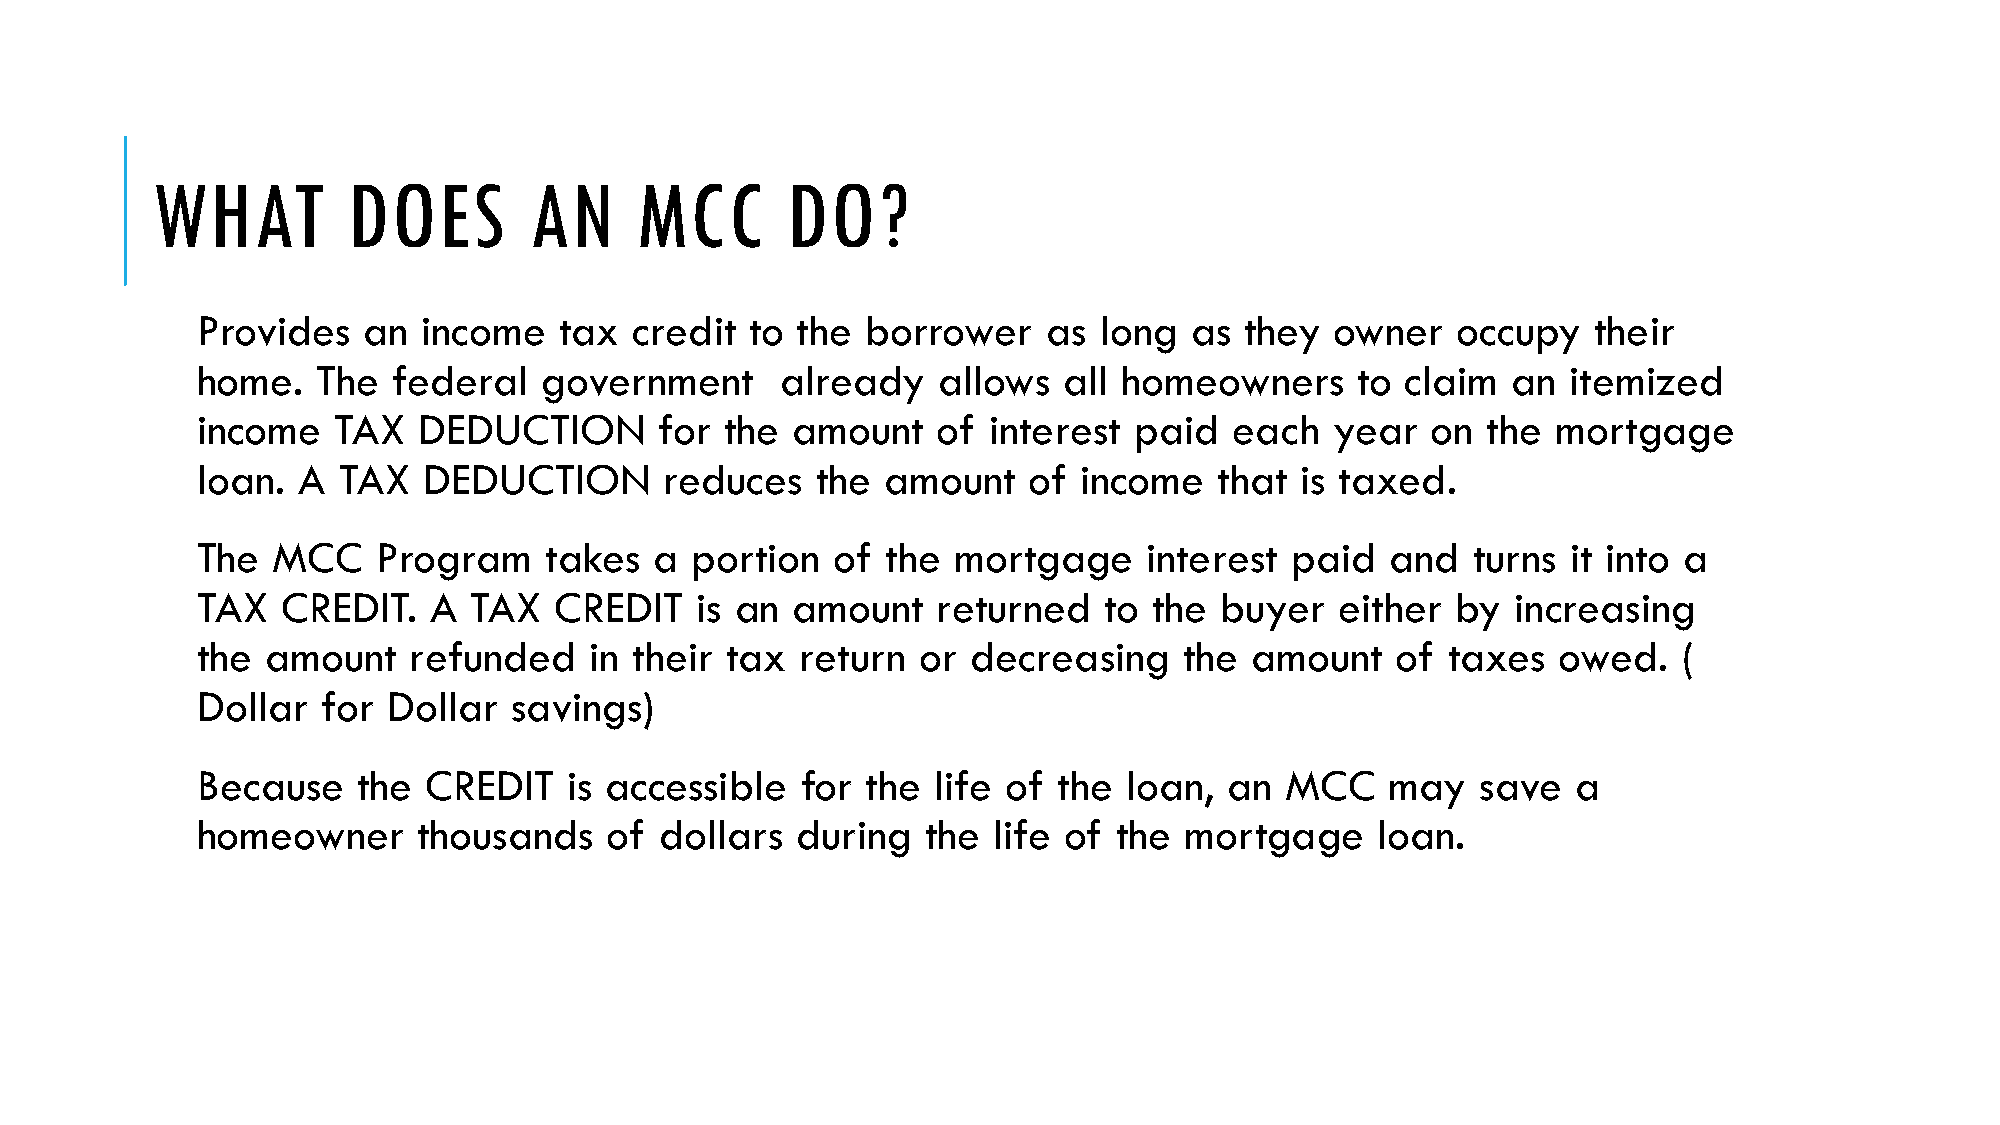
WHAT         DOES        AN     MCC       DO?
 Provides   an  income   tax  credit  to the borrower    as  long  as they  owner   occupy    their
 home.   The  federal   government      already   allows  all homeowners      to claim  an  itemized
 income   TAX   DEDUCTION       for the amount    of interest  paid   each  year   on the  mortgage
 loan.  A TAX   DEDUCTION       reduces   the amount    of income    that is taxed.
 The  MCC    Program    takes  a  portion  of  the mortgage     interest paid   and  turns  it into a
 TAX   CREDIT.  A  TAX   CREDIT   is an amount    returned   to the  buyer   either by  increasing
 the  amount   refunded    in their tax  return  or decreasing    the  amount   of  taxes  owed.   (
 Dollar  for  Dollar  savings)
 Because    the CREDIT   is accessible   for the  life of the  loan, an  MCC    may   save  a
 homeowner      thousands   of  dollars  during  the  life of the mortgage     loan.